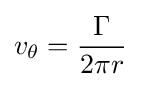
v_{\theta }={\frac {\Gamma }{2\pi r}}